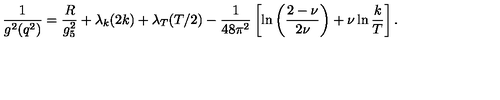
{ \frac { 1 } { g ^ { 2 } ( q ^ { 2 } ) } } = { \frac { R } { g _ { 5 } ^ { 2 } } } + \lambda _ { k } ( 2 k ) + \lambda _ { T } ( T / 2 ) - { \frac { 1 } { 4 8 \pi ^ { 2 } } } \left[ \ln \left( { \frac { 2 - \nu } { 2 \nu } } \right) + \nu \ln { \frac { k } { T } } \right] .